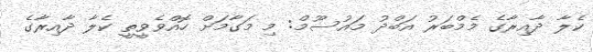
ކެލާ ދާއިރާގެ މެމްބަރު އަބްދު މައުސޫމް: މި މަގާމަށް ހޮއްވެވީތީ ކެލާ ދާއިރާގެ